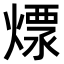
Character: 𤍭